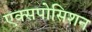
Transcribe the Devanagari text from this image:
एक्सपोसिशन